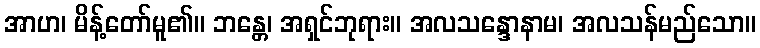
အာဟ၊ မိန့်တော်မူ၏။ ဘန္တေ၊ အရှင်ဘုရား။ အလသန္ဒောနာမ၊ အလသန်မည်သော။